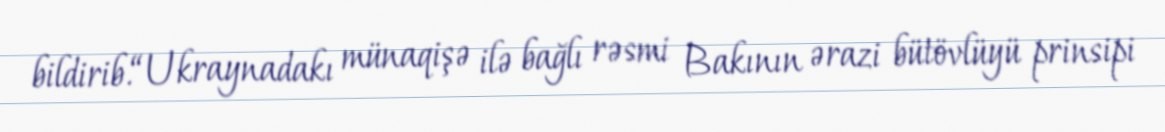
bildirib.“Ukraynadakı münaqişə ilə bağlı rəsmi Bakının ərazi bütövlüyü prinsipi